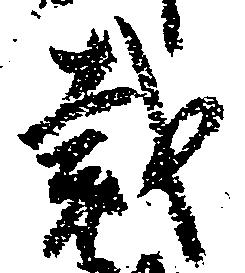
裁